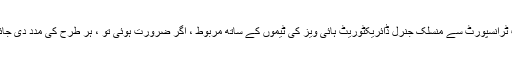
وزارت ٹرانسپورٹ سے منسلک جنرل ڈائریکٹوریٹ ہائی ویز کی ٹیموں کے ساتھ مربوط ، اگر ضرورت ہوئی تو ، ہر طرح کی مدد دی جائے گی۔